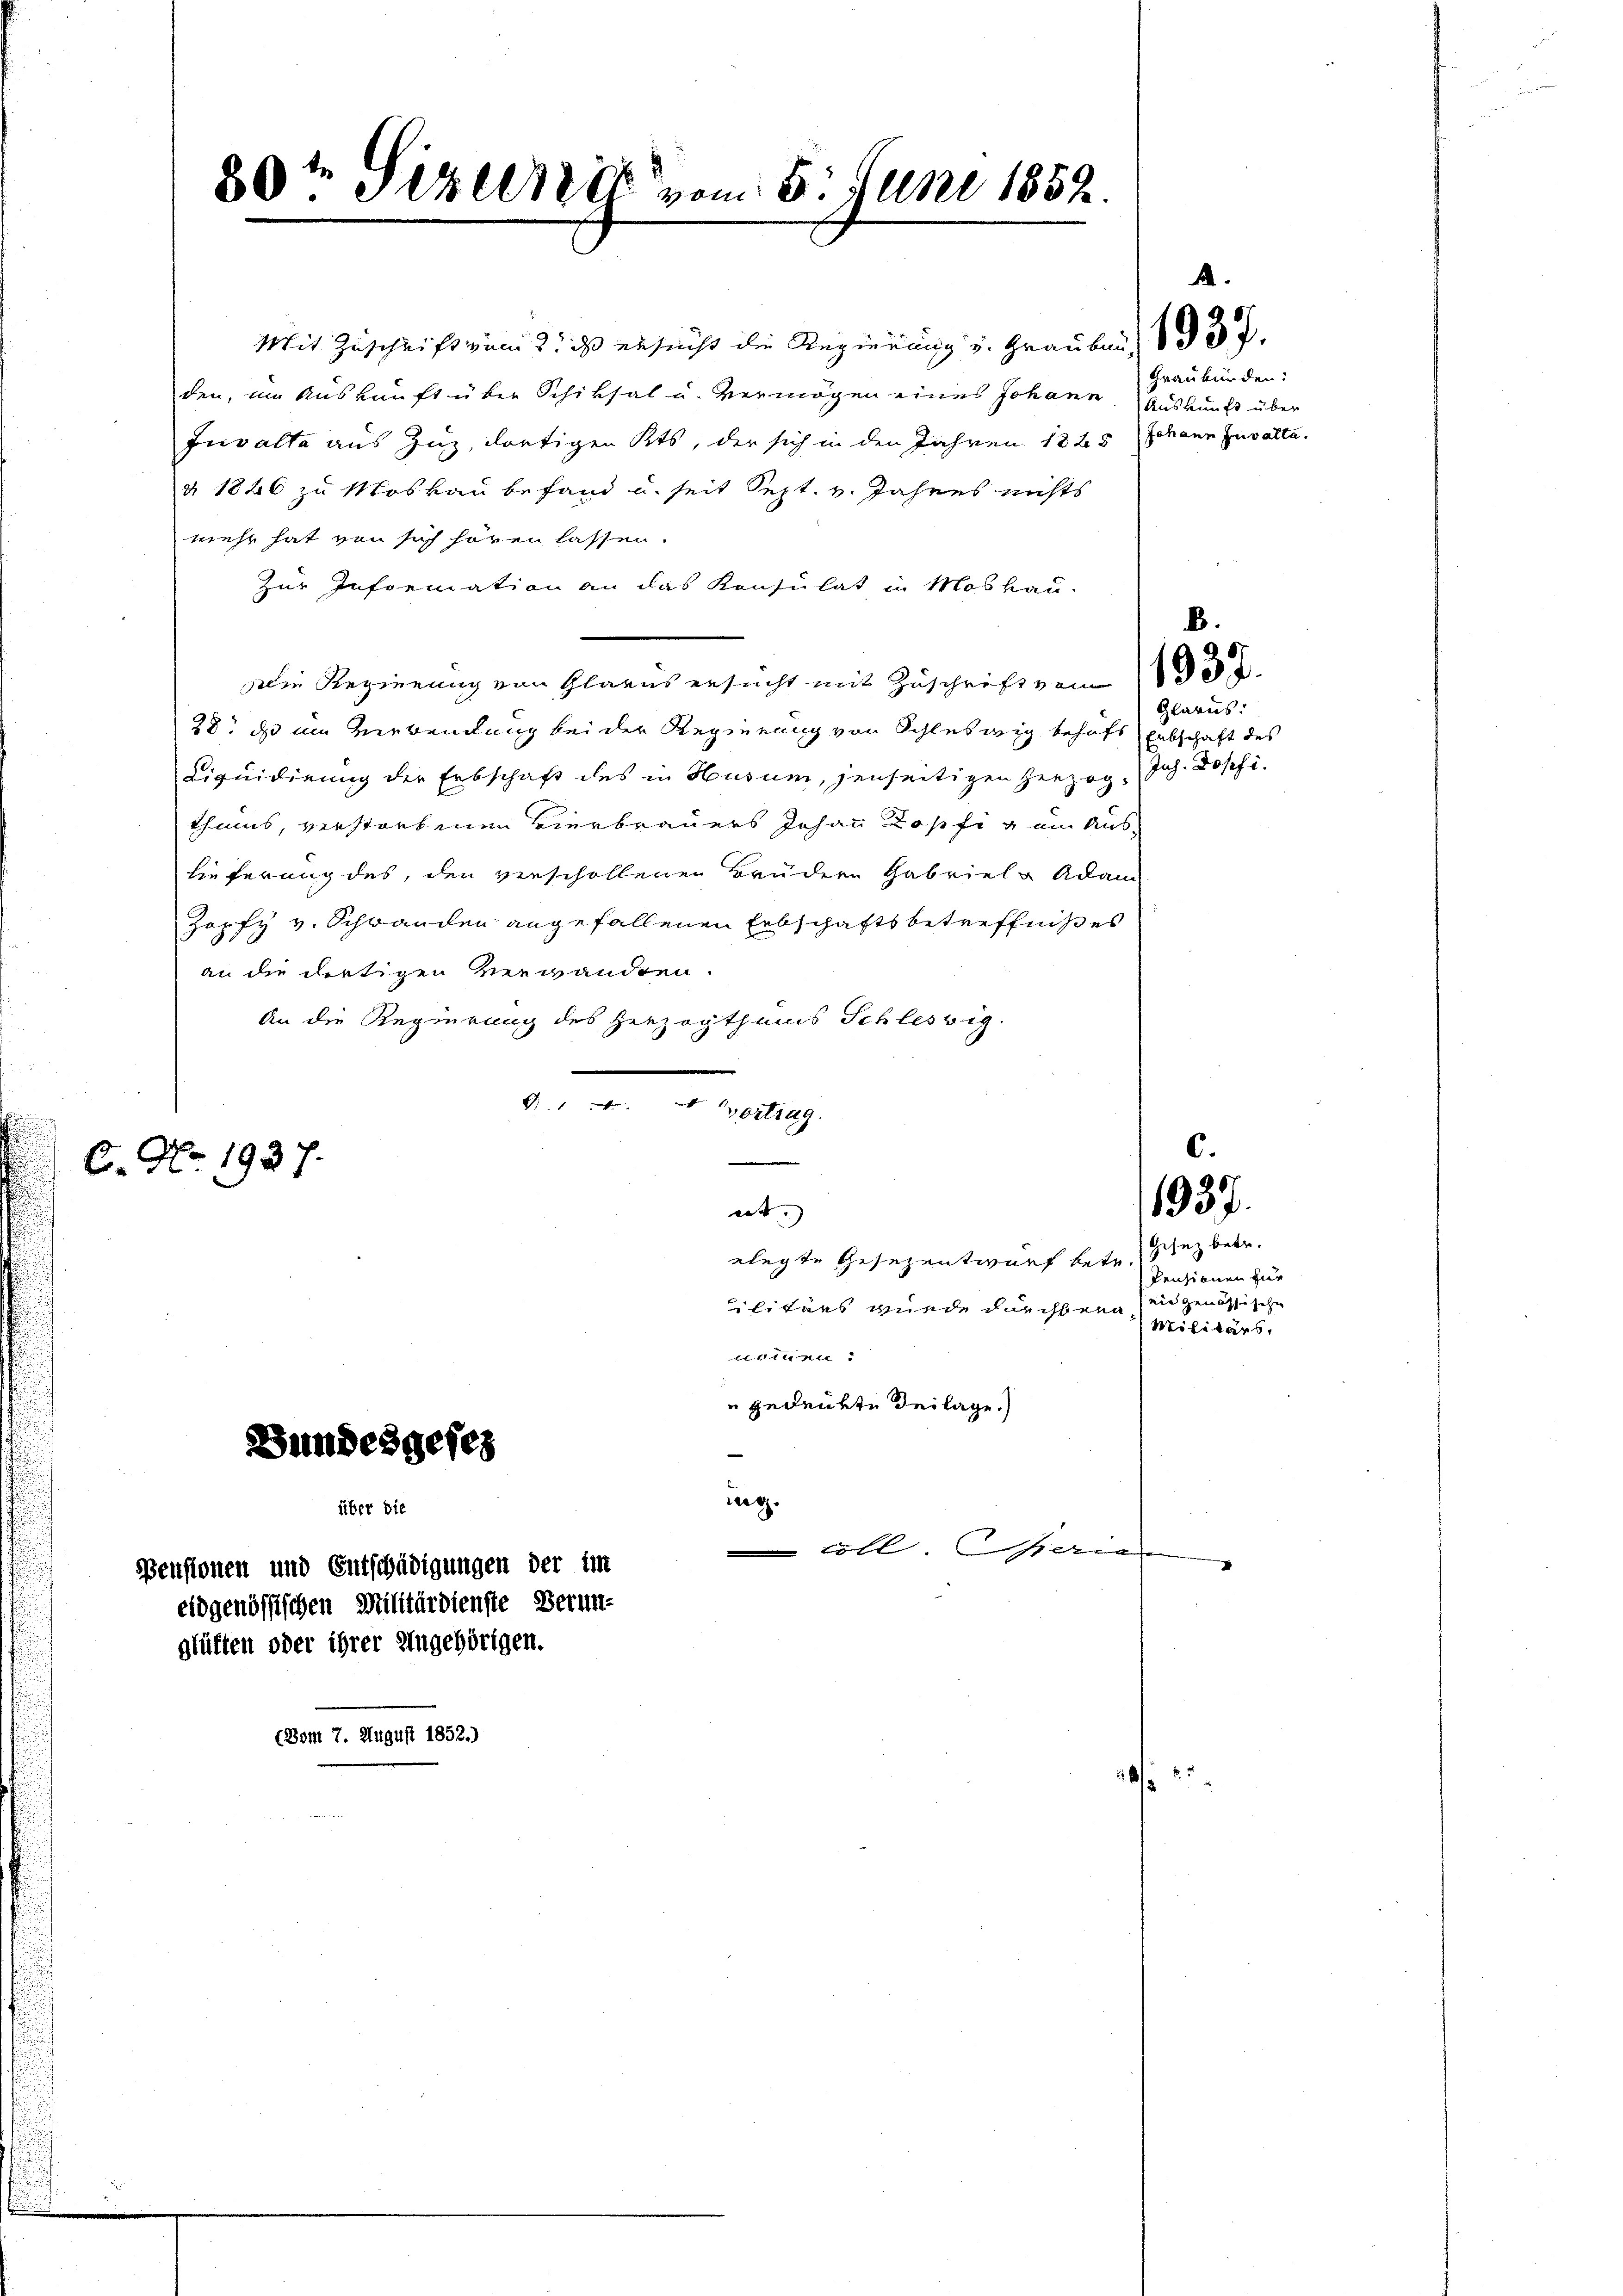
Mit Zuschrift vom 2. ds ersucht die Regierung u. Grauben, 1 § 37.
den, im Auskunft über Schiksal u. Vermögen eines Johann. Auskunft über
Invalte aus Zug, dortigen Kts, der sich in den Jahren 1828 (Johann Invalta
§ 1846 zu Moskau befand u. seit Sept. v. Jahres nichts
wehr hat von sich hören lassen.
Zur Information an das Konsulat in Moskau
Die Regierung von Glarus ersucht mit Zuschrift vom 13.
28. ds im Verwendung bei der Regierung von Schleswig behufs Erbschaft des
Liquidirung der Erbschaft des in Husum, jenseitigen Herzog Joh. Josefi
thums, verstorbenen Vierbrauers Johann Kopfig ein Auslieferung des, den verschollenen Brüdern Hab viel Adam
Zapfy v. Schwanden angefallenen Erbschaftsbetreffniß es
an die dortigen verwandten.
An die Regierung des Herzogthums Schleswig.
B1 " " Wortrag.
.
6. No. 1937.
es.)
elegte Gesezentwurf betr. Gez betr.
ilitärs wurde durchberg in genössische
nammen:
 gedenkte Beilage.)
Bundesgesez
ug.
über die
coll. Geri

30. Seren vom 5. Juni 1852.

eidgenössischen Militärdienste Berun-
glüften oder ihrer Angehörigen.

2

Pensionen und Entschädigungen der im

Graubünden:

B.

Glarus:

8

6.
1937.

Pensionen zur
Militärs.